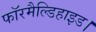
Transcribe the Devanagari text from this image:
फॉरमैल्डिहाइड।